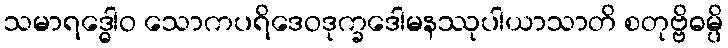
သမာရဒ္ဓေါဝ သောကပရိဒေဝဒုက္ခဒေါမနဿုပါယာသာတိ စတုဗ္ဗိဓမ္ပိ